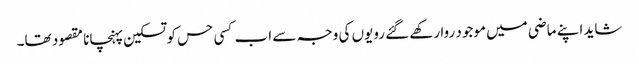
شاید اپنے ماضی میں موجود روا رکھے گئے رویوں کی وجہ سے اب کسی حس کو تسکین پہنچانا مقصود تھا۔